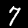
Label: 7